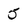
Character: 5